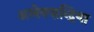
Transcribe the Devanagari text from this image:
अलेक्ज़न्द्रिया